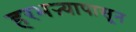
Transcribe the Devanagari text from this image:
हरभऱ्यापासून